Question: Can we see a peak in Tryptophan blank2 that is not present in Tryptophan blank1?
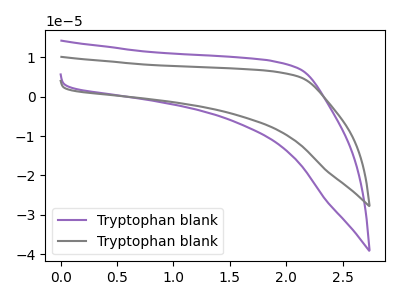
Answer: <think>The purple curve "Tryptophan blank1" has no peaks. The gray curve "Tryptophan blank2" has no peaks.
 Neither "Tryptophan blank2" or "Tryptophan blank1" have any peaks.</think>
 <answer>No, "Tryptophan blank2" and "Tryptophan blank1" don't appear to be significantly different in shape</answer>
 <eval>no_change</eval>